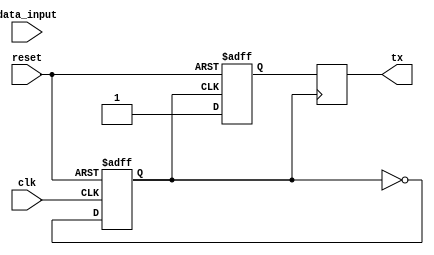
module UART_transmitter (
    input wire clk,
    input wire reset,
    input wire [7:0] data_input,
    output reg tx
);

reg [7:0] data_buffer;
reg [9:0] encoded_data;
reg baud_clk;
reg [9:0] shift_reg;

// Data Input Block
always @(posedge clk or posedge reset) begin
    if (reset) begin
        data_buffer <= 8'b0;
    end else begin
        data_buffer <= data_input;
    end
end

// Encoding Block
always @(*) begin
    encoded_data = {1'b1, data_buffer, 1'b0};
end

// Baud Rate Generator Block
always @(posedge clk or posedge reset) begin
    if (reset) begin
        baud_clk <= 1'b0;
    end else begin
        baud_clk <= ~baud_clk;
    end
end

// Shift Register Block
always @(posedge baud_clk or posedge reset) begin
    if (reset) begin
        shift_reg <= 10'b0;
    end else begin
        shift_reg <= {shift_reg[8:0], encoded_data[9]};
    end
end

// Output Block
always @(posedge baud_clk) begin
    tx <= shift_reg[0];
end

endmodule